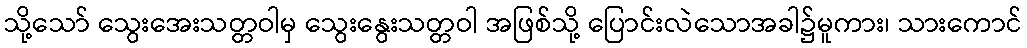
သို့သော် သွေးအေးသတ္တဝါမှ သွေးနွေးသတ္တဝါ အဖြစ်သို့ ပြောင်းလဲသောအခါ၌မူကား၊ သားကောင်